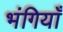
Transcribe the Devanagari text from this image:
भंगियाँ